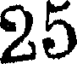
25